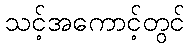
သင့်အကောင့်တွင်